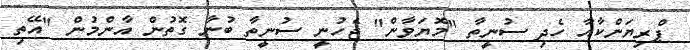
ޕްރިޔަންކާއާ ހެދި ސުނީތާ "މޮޔަވާން" ޖެހުނީ ސުނީތާ ބުނާ ގޮތުން އާންމުން "އޭތި